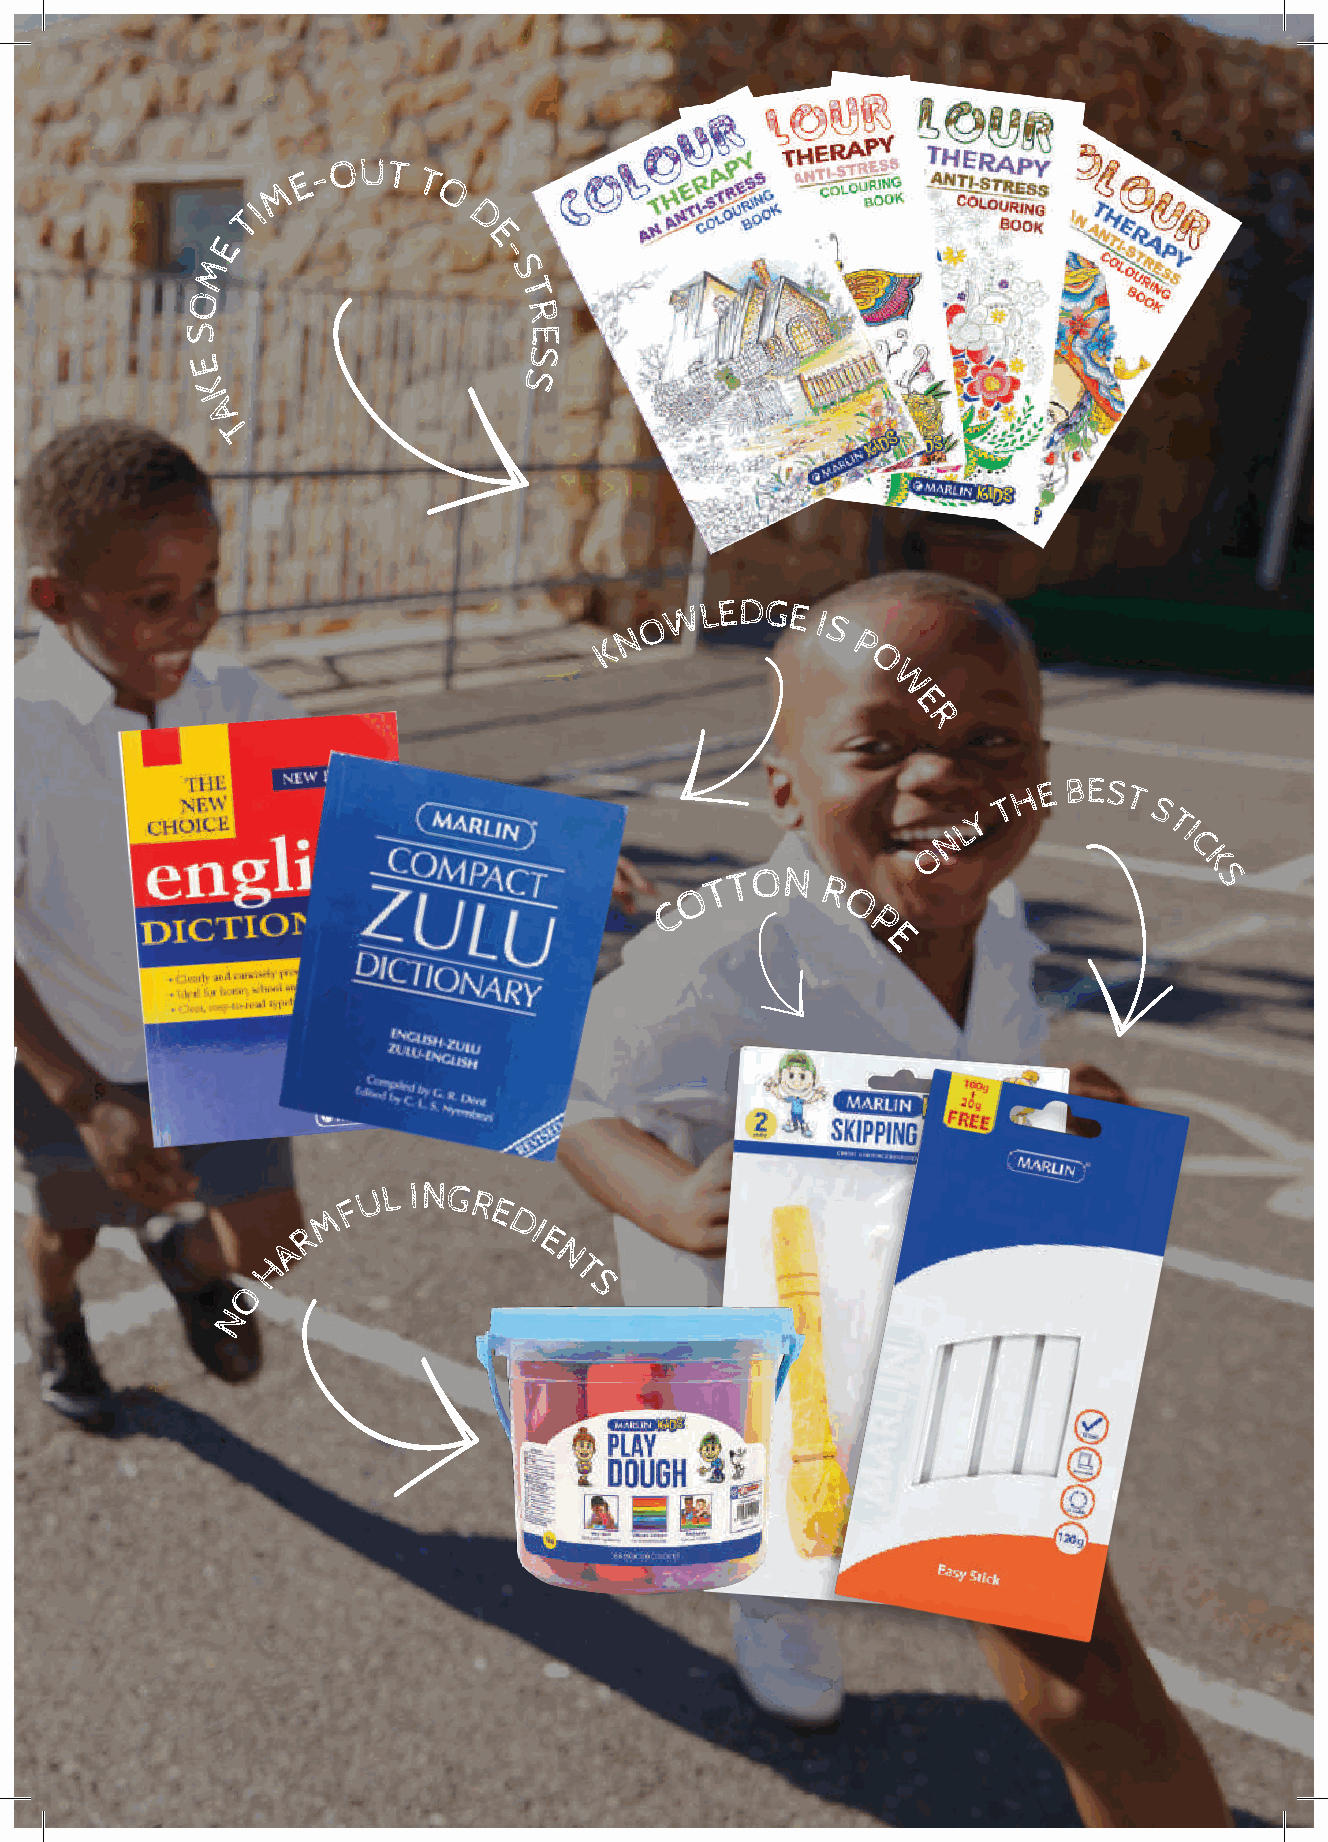
E - OUT T
 M
 O
 I
 T              D
 E                 E
 -
 M
 S
 O                     T
 R
 S                      E
 S
 E                     S
 K
 A
 T
 N O
 W  LEDGE
 I S
 K               P
 O
 H I G H QUALI T                                            W
 Y                                                           E
 R
 R I C H COL O U R                                              N L Y T H E BES T S T I
 S                                                            O                C
 K
 O T T ON R                        S
 C          O
 P
 E
 U L ING
 M F       R E
 D
 R              I
 A               E
 H                 N
 T
 O                      S
 N
 21